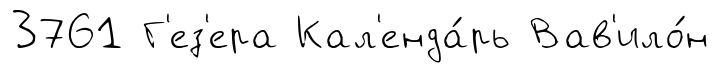
3761 Г'ез'ера Кал'енда́рь Вав'ило́н